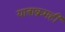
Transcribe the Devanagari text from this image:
यात्राक्रमही